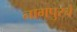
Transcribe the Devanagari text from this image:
नागपुरचे